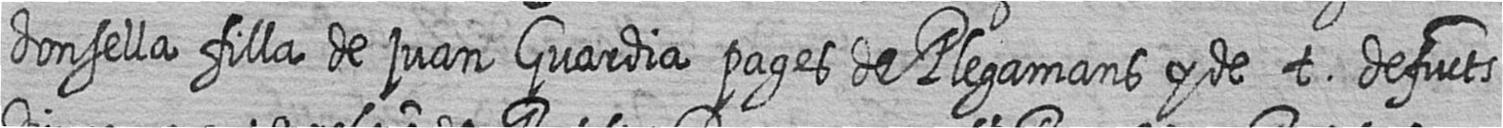
donsella filla de juan Guardia pages de Plegamans y de t defucts